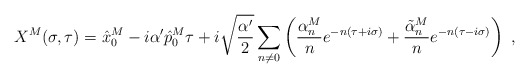
\begin{align*}X^{M}(\sigma,\tau)=\hat{x}_{0}^{M}-i\alpha'\hat{p}_{0}^{M}\tau+i\sqrt{\frac{\alpha'}{2}} \sum_{n\neq 0}\left(\frac{\alpha^{M}_{n}}{n}e^{-n(\tau+i\sigma)}+ \frac{\tilde{\alpha}^{M}_{n}}{n}e^{-n(\tau-i\sigma)}\right)~, \end{align*}